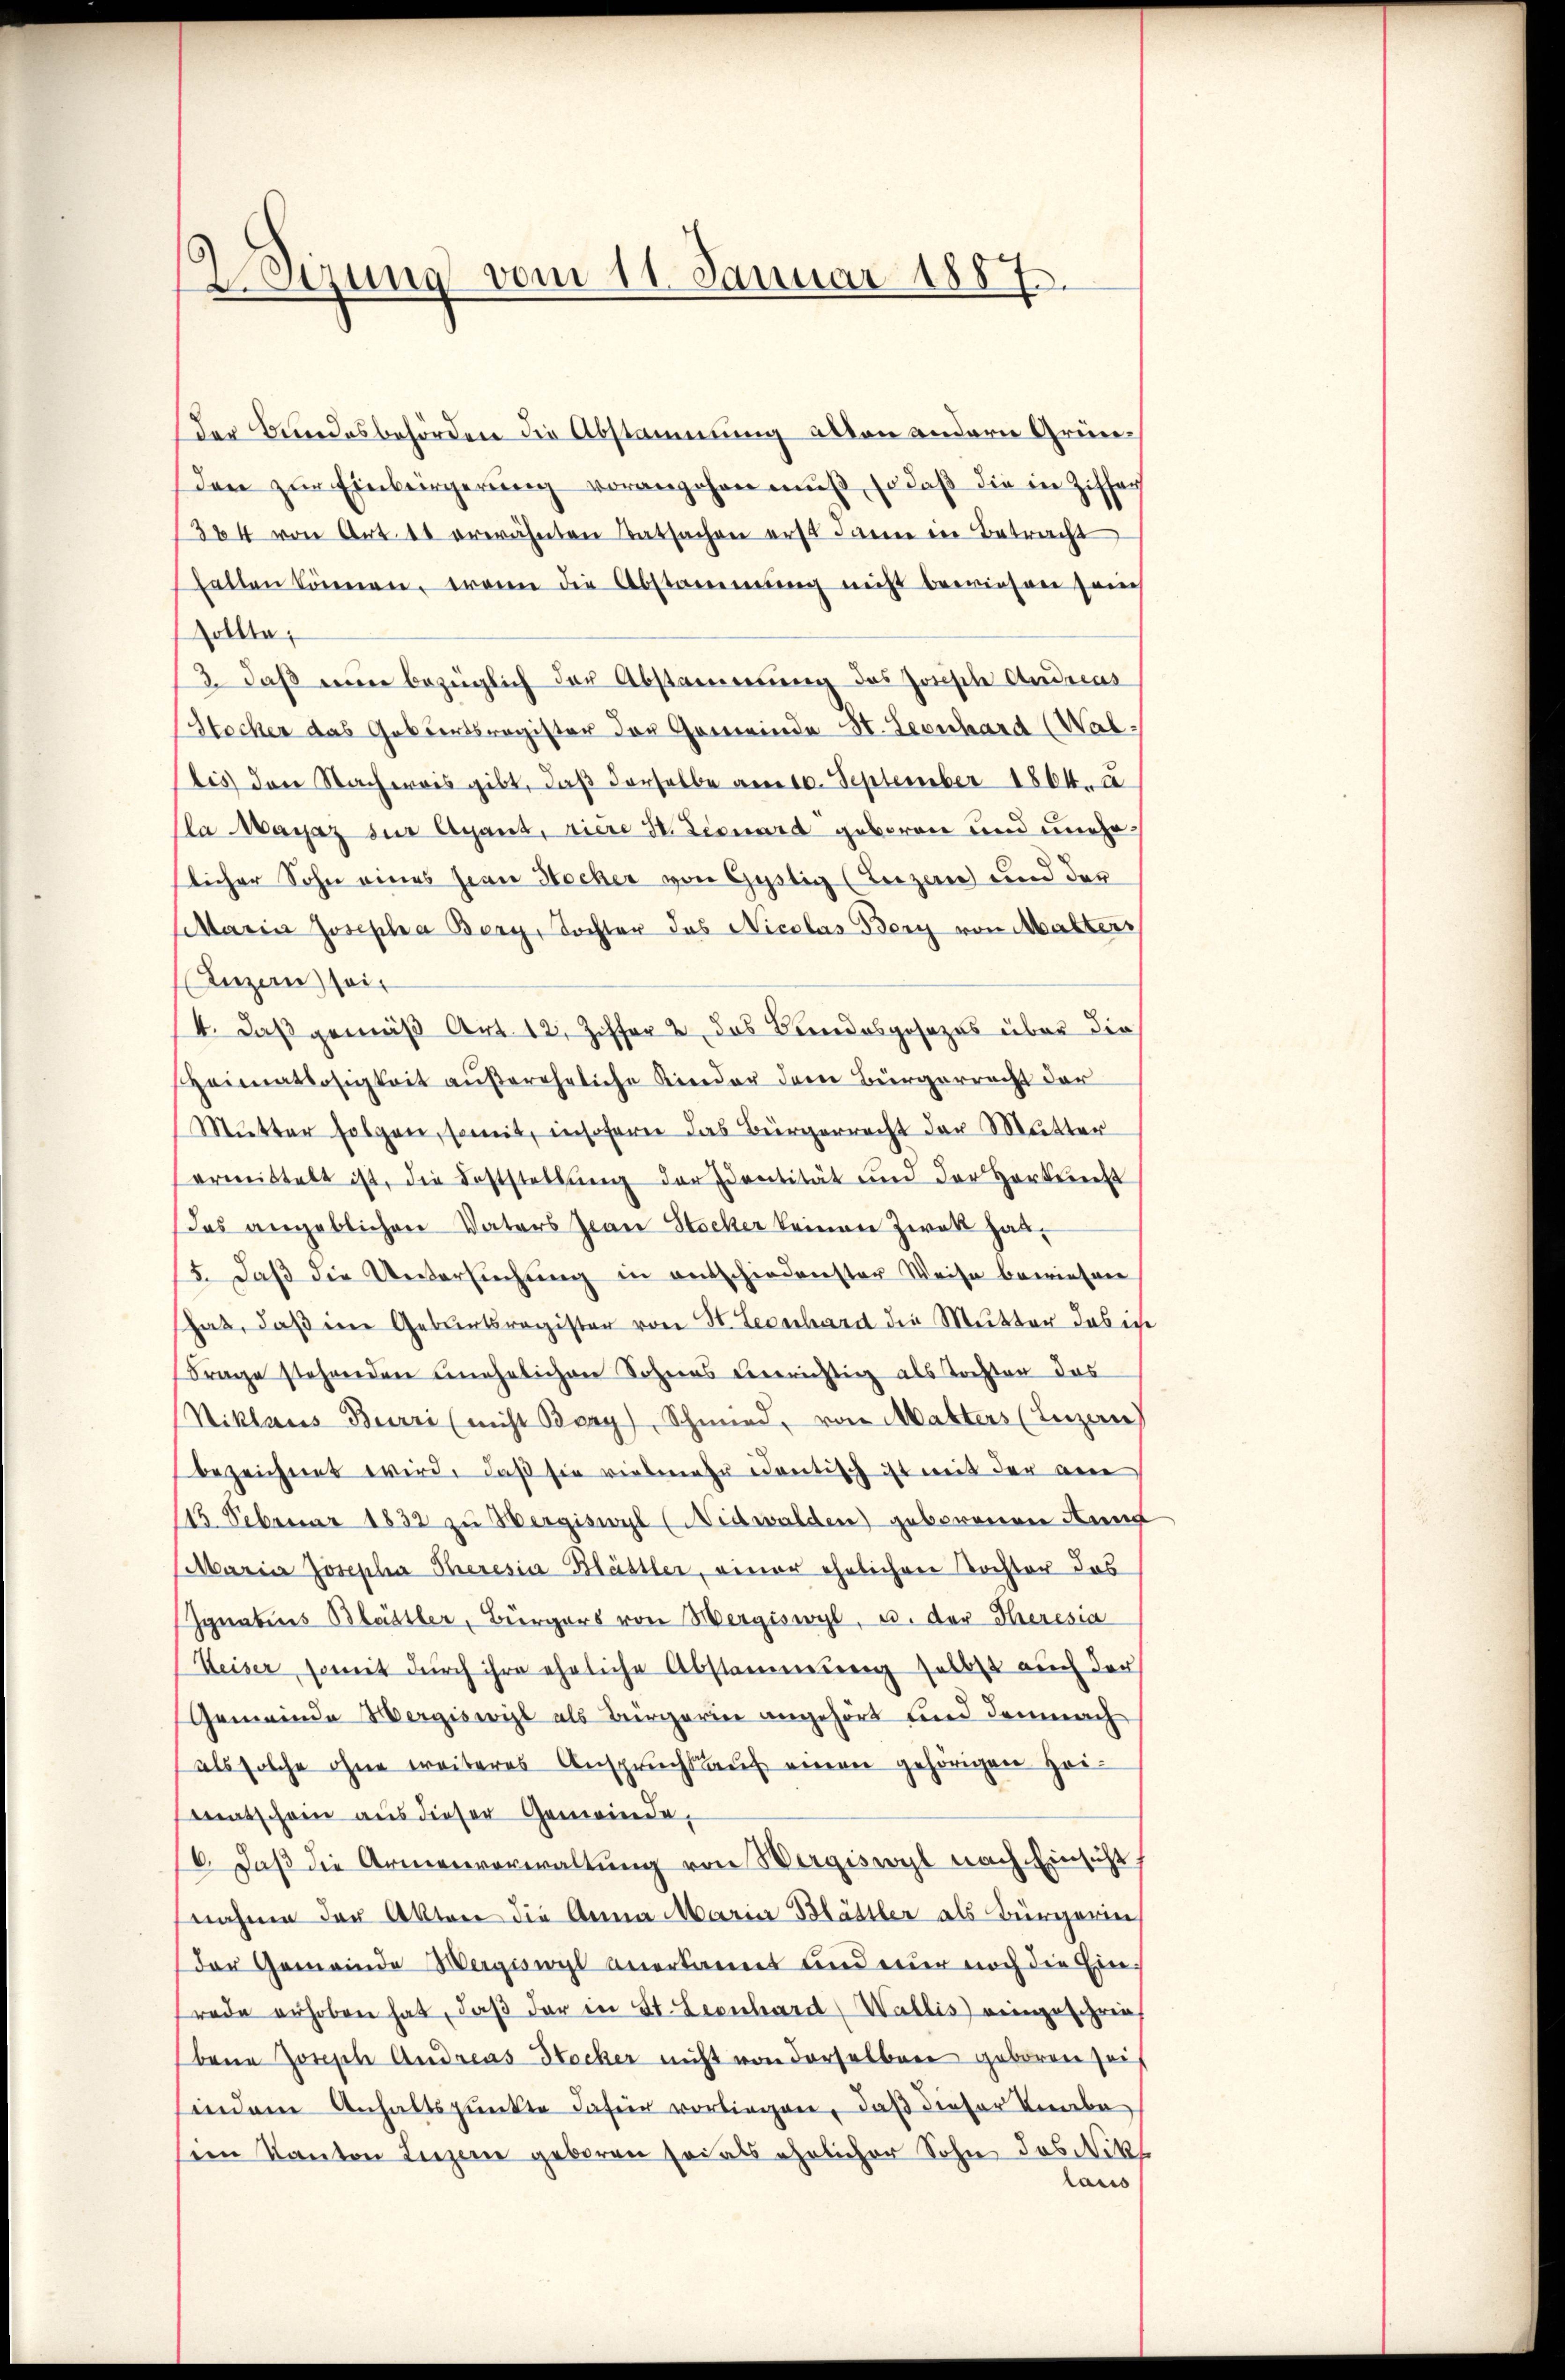
2 Sitzung vom 11. Januar 1887.

der Bundesbehörden die Abstammung allen andern Gründen zur Einbergerung vorangehen muß, so daß die in Ziffer
1364 von Art. 11 erwähnten Tatsachen erst dann in Betracht
halten können, wann die Abstammung nicht bewiesen sans
sollte;
3. daß eine bezüglich der Abstammung des Josische Andreas
Stocker das Geburtsregister der Gemeinde St. Leonhard Walis den Nachweis gibt, daβ derselbe am 10. September 1864. 2.
Pla Magaz zur Agent, riere d. Leonard geboren und unehelicher Sohn eines Herr Hocher von Gestig (Luzern und der
(Maria Josepha Berg, Tochter das Nicolas Bery von Malters
(Luzern sei
/4. daß gemäß Art. 12, Ziffer 2 das Bundesgesezes über die
Heimatlosigkeit außereheliche Kinder dem Bürgerrecht der
Mutter folgen, somit, insofern das Bürgerrecht der Mutter
ermittelt ist, die Feststellŭng der Sentität und der Herteilt
das angeblichen Vaters Jean Stocker keinen Zwek hab¬
15. daβ die Untersŭchŭng in entschiedenster Weise bewiesen
hat, daß im Geburtsregister von St. Leonhard die Mutter das ich
Frage stehenden unehelichen Sohnes verrichtig als Tochten das
Niklaus Burri (nicht Boay), Schmied, von Matters (Luzern
bezeichnet wird, daß sie vielmehr identisch ist mit der ane
15 Februar 1832 zu ergiswyl (Nidwalden) geborenen Ann
(Maria Josepha Theresia Blättler, einer ehelichere Tochter das
Ignatus Blättler, Bürgers von Hergiswyl, u. der Theresia
Heiser, somit dŭrch ihre eheliche Abstammung selbst auch der
Gemeinde Wergiswyl als Bürgerin angehört und demnach
als solche ohne weiteres Anspruchs auf einen gehörigen Heimatschein aus dieser Gemeinde,
16. daβ die Armenverwaltŭng von Wergiswort nach Einsicht
nahme der Akten die Anna Maria Blättler als Bürgerin
der Gemeinde Wergiswyl anerkannt und nur noch die Einrade erhoben hat, daβ der in St. Leonhard Wallis) eingeschrieh
bene Joseph Andreas Stocker nicht von derselben geboren Zeit
findem Anhaltspunkte dafür vorliegen, daß dieser Knabe
sem Kanton Luzere geboren sei als ehelicher Sohn das Nikl
laus